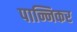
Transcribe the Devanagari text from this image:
पान्निकर